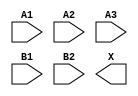
module sky130_fd_sc_hdll__a32o (
    //# {{data|Data Signals}}
    input  A1,
    input  A2,
    input  A3,
    input  B1,
    input  B2,
    output X
);

    // Voltage supply signals
    supply1 VPWR;
    supply0 VGND;
    supply1 VPB ;
    supply0 VNB ;

endmodule